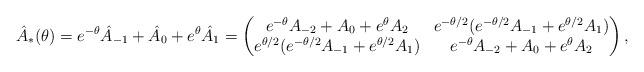
LaTeX: \begin{align*}\hat{A}_*(\theta) = e^{-\theta} \hat{A}_{-1} + \hat{A}_0 + e^{\theta} \hat{A}_1= \begin{pmatrix} e^{-\theta} A_{-2} + A_0 + e^{\theta} A_2 & e^{-\theta/2} (e^{-\theta/2} A_{-1} + e^{\theta/2} A_1) \cr e^{\theta/2} (e^{-\theta/2} A_{-1} + e^{\theta/2} A_1) & e^{-\theta} A_{-2} + A_0 + e^{\theta} A_2\end{pmatrix}, \end{align*}